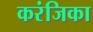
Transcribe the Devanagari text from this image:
करंजिका